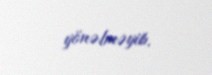
yönəlməyib.